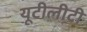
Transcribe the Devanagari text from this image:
यूटीलीटी